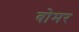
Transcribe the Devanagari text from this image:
वोमर